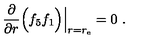
\frac { \partial } { \partial r } \Big ( f _ { 5 } f _ { 1 } \Big ) \Big | _ { r = r _ { \mathrm { e } } } = 0 \ .